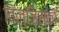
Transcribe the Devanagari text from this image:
विल्ज़िस्की